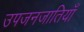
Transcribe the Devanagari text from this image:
उपजनजातियाँ